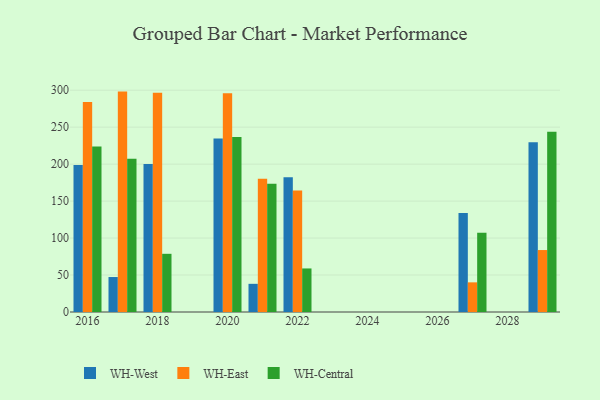
{"axis": {"x": "Year", "y": "Customer Acquisition Cost (USD)"}, "legend": ["WH-Central", "WH-East", "WH-West"], "data": [{"x": "2016", "y": 198.9, "type": "WH-West"}, {"x": "2016", "y": 284.2, "type": "WH-East"}, {"x": "2016", "y": 223.9, "type": "WH-Central"}, {"x": "2017", "y": 47.3, "type": "WH-West"}, {"x": "2017", "y": 298.1, "type": "WH-East"}, {"x": "2017", "y": 207.3, "type": "WH-Central"}, {"x": "2018", "y": 200.1, "type": "WH-West"}, {"x": "2018", "y": 296.7, "type": "WH-East"}, {"x": "2018", "y": 78.7, "type": "WH-Central"}, {"x": "2022", "y": 182.3, "type": "WH-West"}, {"x": "2022", "y": 164.4, "type": "WH-East"}, {"x": "2022", "y": 58.9, "type": "WH-Central"}, {"x": "2020", "y": 234.5, "type": "WH-West"}, {"x": "2020", "y": 296.0, "type": "WH-East"}, {"x": "2020", "y": 236.7, "type": "WH-Central"}, {"x": "2027", "y": 133.9, "type": "WH-West"}, {"x": "2027", "y": 40.1, "type": "WH-East"}, {"x": "2027", "y": 107.2, "type": "WH-Central"}, {"x": "2029", "y": 229.5, "type": "WH-West"}, {"x": "2029", "y": 83.8, "type": "WH-East"}, {"x": "2029", "y": 243.7, "type": "WH-Central"}, {"x": "2021", "y": 38.1, "type": "WH-West"}, {"x": "2021", "y": 180.2, "type": "WH-East"}, {"x": "2021", "y": 173.5, "type": "WH-Central"}]}